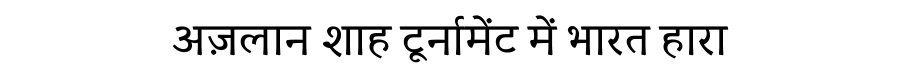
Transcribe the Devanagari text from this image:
अज़लान शाह टूर्नामेंट में भारत हारा